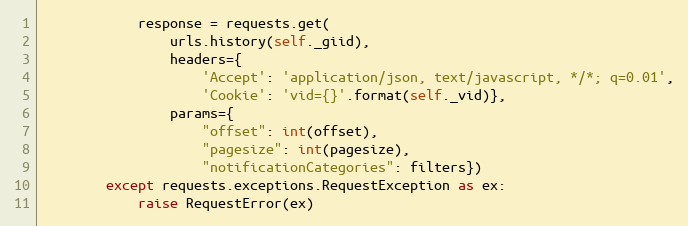
Language: Python
            response = requests.get(
                urls.history(self._giid),
                headers={
                    'Accept': 'application/json, text/javascript, */*; q=0.01',
                    'Cookie': 'vid={}'.format(self._vid)},
                params={
                    "offset": int(offset),
                    "pagesize": int(pagesize),
                    "notificationCategories": filters})
        except requests.exceptions.RequestException as ex:
            raise RequestError(ex)